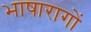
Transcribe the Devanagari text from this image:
भाषारागों